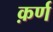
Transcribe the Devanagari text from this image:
क़र्ण